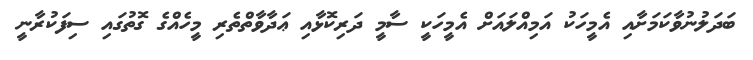
ބަދަލުނުވާކަމަށާއި އެމީހަކު އަމިއްލައަށް އެމީހަކީ ސާމީ ދަރިކޮޅާއި ޢަދާވާތްތެރި މީހެއްގެ ގޮތުގައި ސިފަކުރާނީ